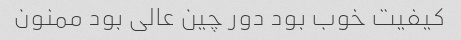
کیفیت خوب بود دور چین عالی بود ممنون